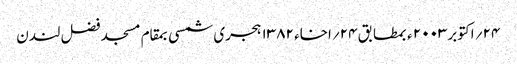
۲۴؍ اکتوبر۲۰۰۳ ء بمطابق ۲۴؍اخاء ۱۳۸۲ ہجری شمسی بمقام مسجد فضل لندن